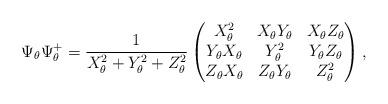
LaTeX: \begin{align*}\Psi_\theta\Psi_\theta^+=\frac{1}{X_\theta^2+Y_\theta^2+Z_\theta^2} \begin{pmatrix} X_\theta^2 & X_\theta Y_\theta & X_\theta Z_\theta \\ Y_\theta X_\theta & Y_\theta^2 & Y_\theta Z_\theta \\ Z_\theta X_\theta & Z_\theta Y_\theta & Z_\theta^2 \end{pmatrix}, \end{align*}